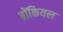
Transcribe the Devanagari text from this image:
ब्रोंकियल